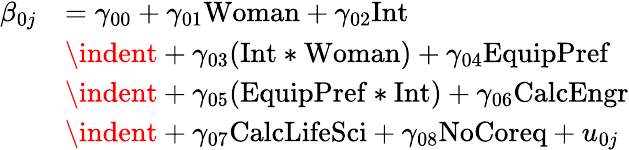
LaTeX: \begin{array}{rl}{\beta_{0j}}&{=\gamma_{00}+\gamma_{01}\mathrm{Woman}+\gamma_{02}\mathrm{Int}}\\ &{\indent+\gamma_{03}(\mathrm{Int}\ast\mathrm{Woman})+\gamma_{04}\mathrm{EquipPref}}\\ &{\indent+\gamma_{05}(\mathrm{EquipPref}\ast\mathrm{Int})+\gamma_{06}\mathrm{CalcEngr}}\\ &{\indent+\gamma_{07}\mathrm{CalcLifeSci}+\gamma_{08}\mathrm{NoCoreq}+u_{0j}}\end{array}